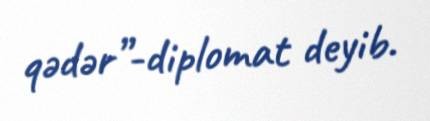
qədər”-diplomat deyib.